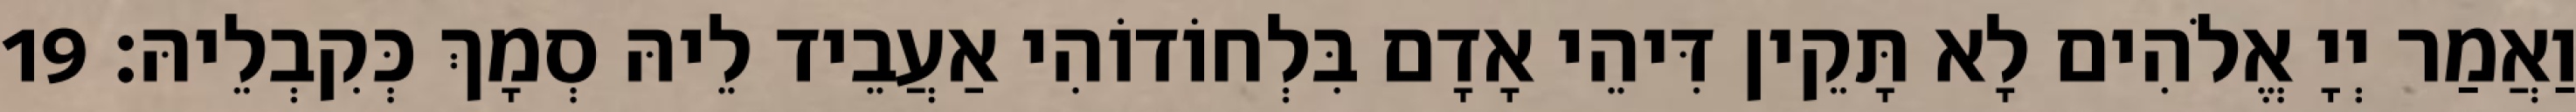
וַאֲמַר יְיָ אֱלֹהִים לָא תָּקֵין דִּיהֵי אָדָם בִּלְחוֹדוֹהִי אַעֲבֵיד לֵיהּ סְמָךְ כְּקִבְלֵיהּ׃ 19